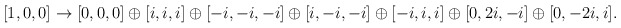
\begin{align*}[1,0,0] \to [0,0,0] \oplus [i, i, i] \oplus [-i, -i, -i]\oplus [i, -i, -i] \oplus [-i, i, i] \oplus [0, 2i, -i] \oplus [0 , -2i, i].\end{align*}